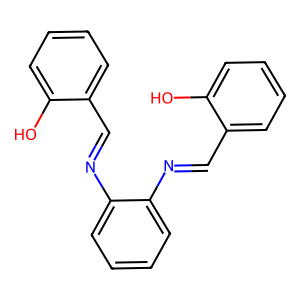
SMILES: Oc1ccccc1C=Nc1ccccc1N=Cc1ccccc1O
Inhibits HIV replication: No